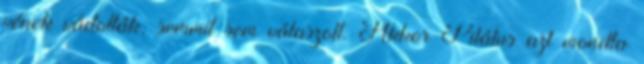
vének vádolták, semmit sem válaszolt. Akkor Pilátus azt mondta